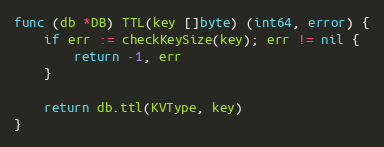
Language: Go
func (db *DB) TTL(key []byte) (int64, error) {
	if err := checkKeySize(key); err != nil {
		return -1, err
	}

	return db.ttl(KVType, key)
}